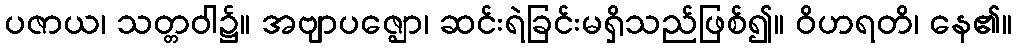
ပဇာယ၊ သတ္တဝါ၌။ အဗျာပဇ္ဈော၊ ဆင်းရဲခြင်းမရှိသည်ဖြစ်၍။ ဝိဟရတိ၊ နေ၏။